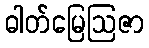
ဓါတ်မြေဩဇာ